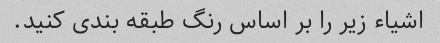
اشیاء زیر را بر اساس رنگ طبقه بندی کنید.